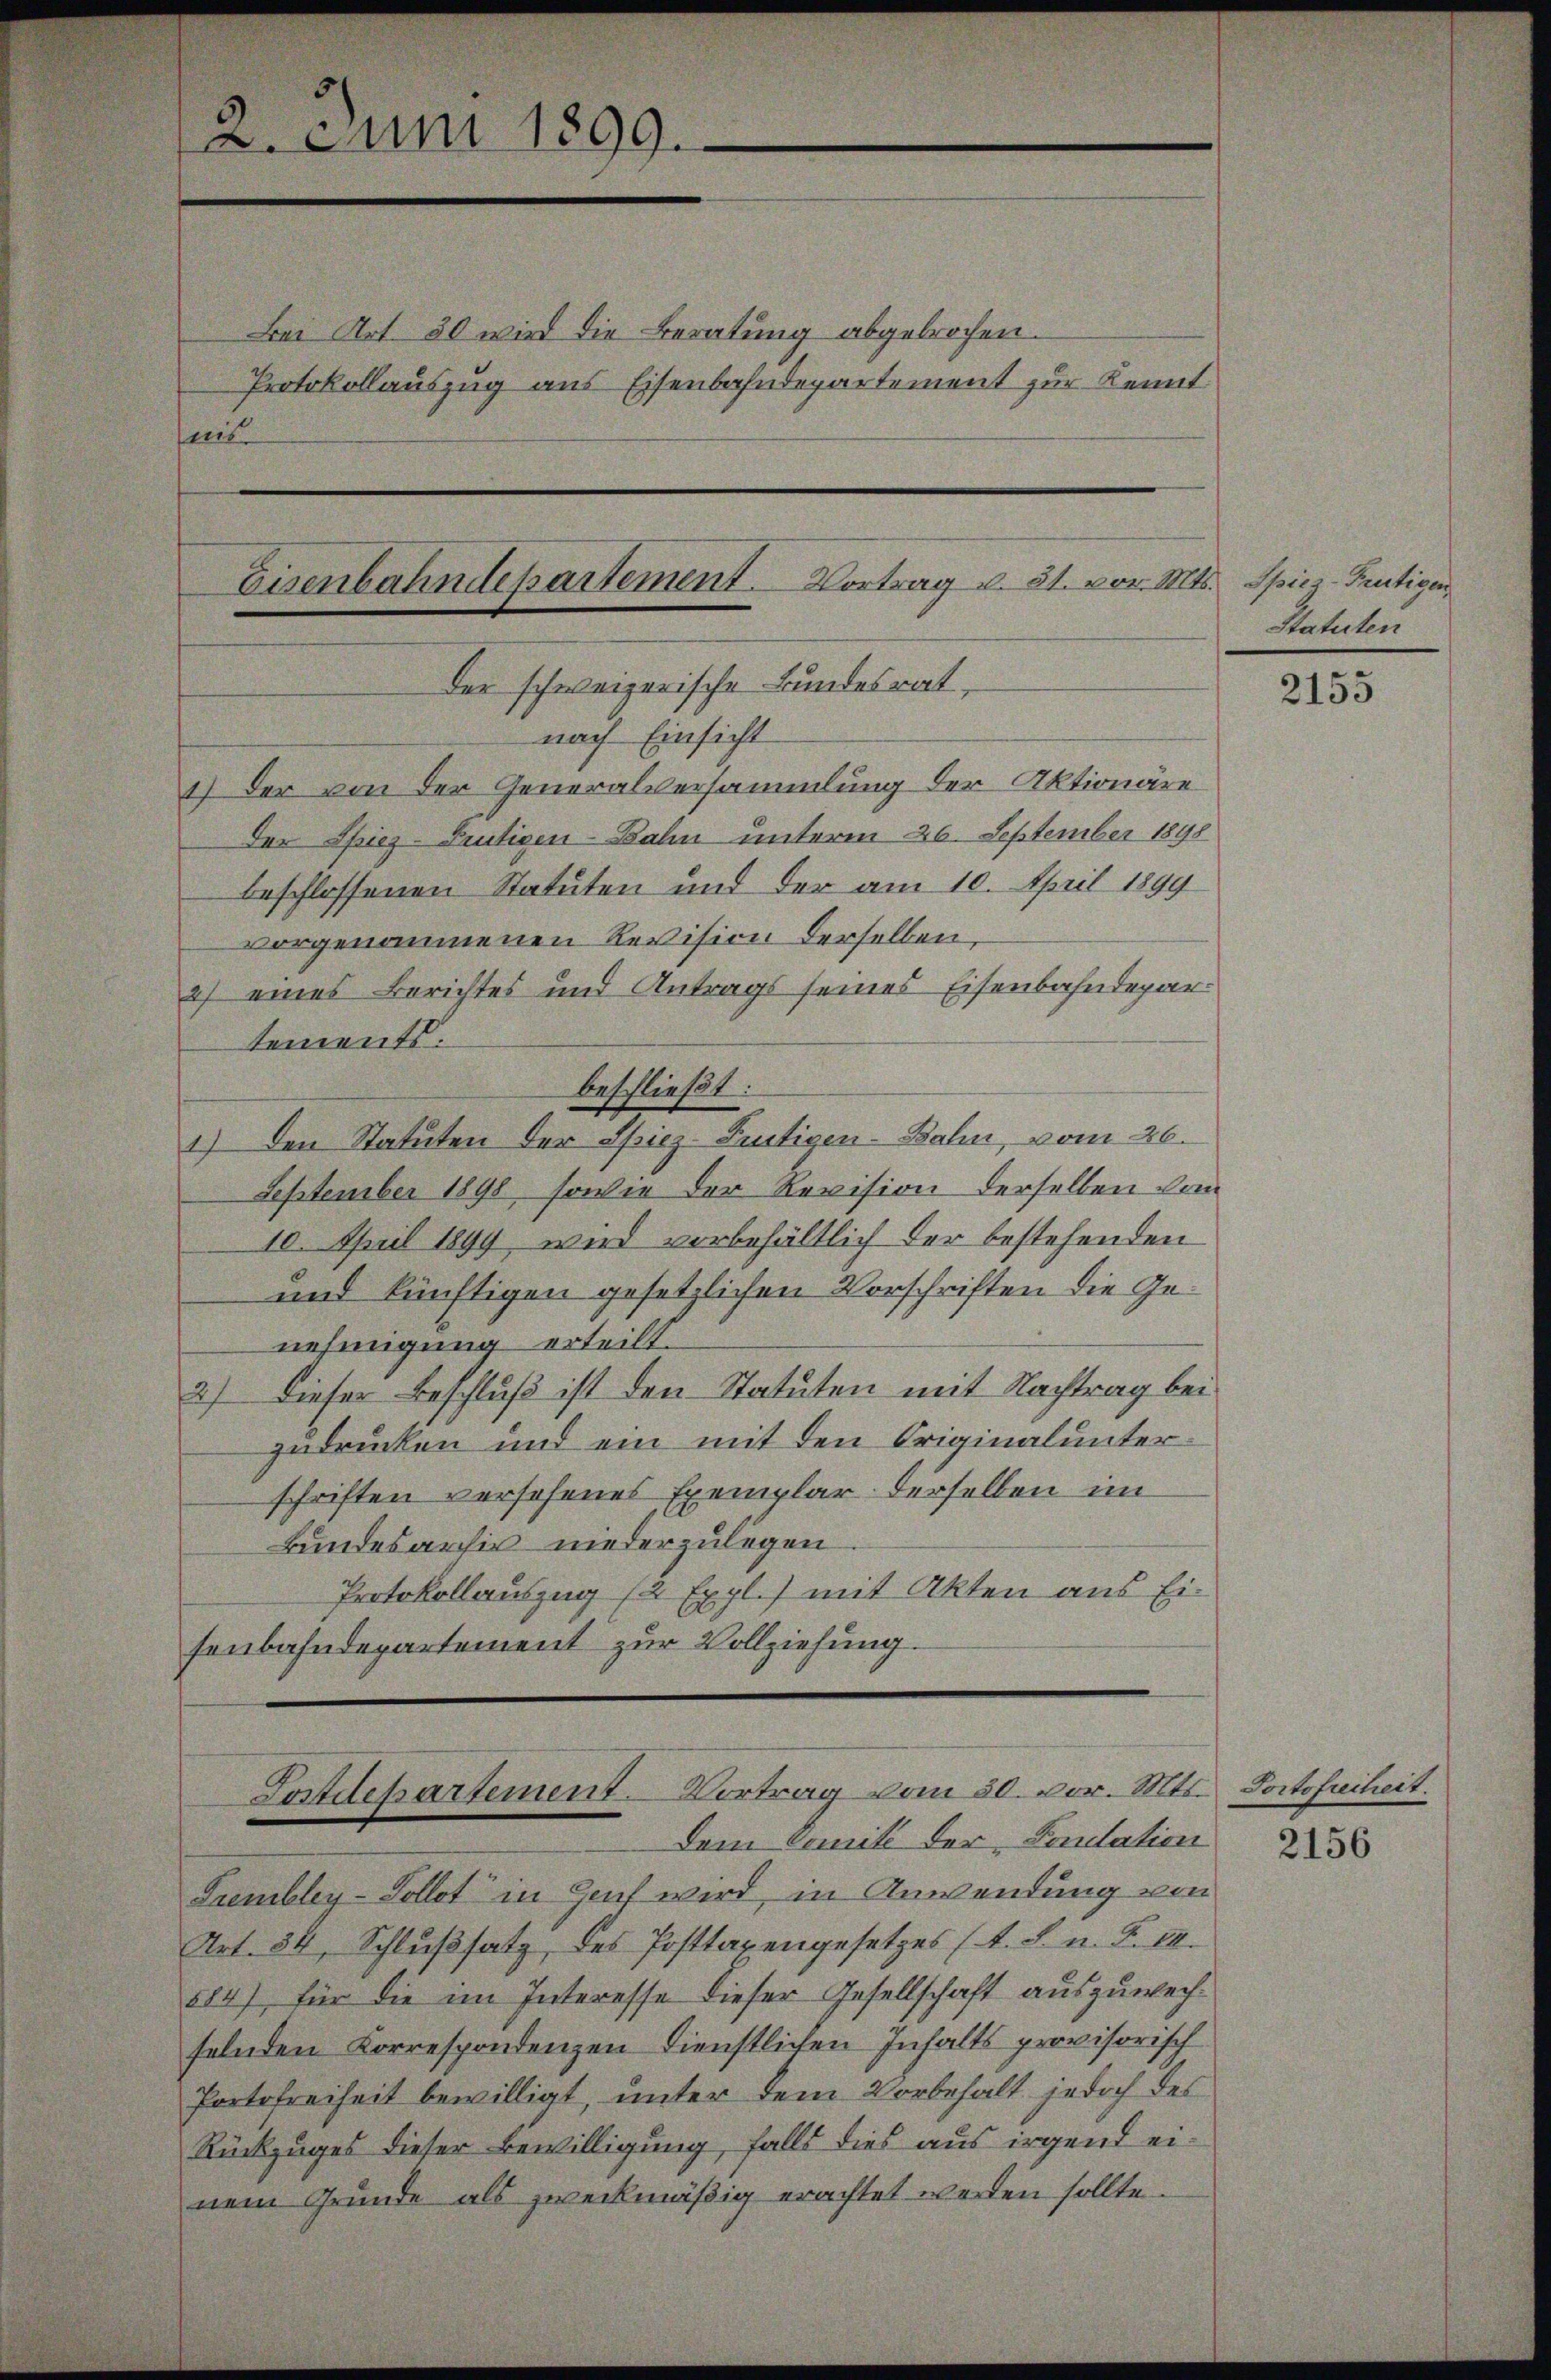
12. Juni 1899.

Bei Art. 30 wird die Beratung abgebrochen.
Protokollauszug aus Eisenbahndepartement zur Kennt
ens

1.) Der von der Generalversammlung der Aktionäre
Der Spiez-Peutigen-Bahn unterm 26. September 1898
beschlossenen Statuten und der am 10. April 1899
vorgenommenen Revision derselben,
2) eines Berichtes und Antrags seines Eisenbahndepartements.
beschließt:
1.) Den Statuten der Spiez-Pertigen-Bahn vom 26.
September 1898, sowie der Revision derselben vom
10. April 1899 wird vorbehältlich der bestehenden
und künftigen gesetzlichen Vorschriften die Genehmigung erteilt.
2) Dieser Beschluß ist den Statuten mit Nachtrag bei
zudrücken und ein mit den Originalunterschriften versehenes Exemplar derselben im
Bundesarchiv niederzulegen
Protokollauszug (2 Expl.) mit Akten aus Ei-
senbahndepartement zur Vollziehung.

Eisenbahndepartement. Vortrag v. 31. vor. Mts.
der schweizerische Bundesrat,
nach Einsicht

Fostdepartement. Vortrag vom 30. vor. Mts. Doctofreiheit.
Dem Comite der Fondation

Trembley-Vollot in Genf wird, in Anwendung von
Art. 34, Schlußsatz des Posttarengesetzes (T. S. n. F. II.
584) für die im Interesse dieser Gesellschaft auszuwechselnden Korrespondenzen Dienstlichen Inhalts provisorisch
Portofreiheit bewilligt, unter dem Vorbehalt jedoch des
Rückzuges dieser Bewilligung, falls dies aus irgend einem Grunde als zweckmäßig erachtet werden sollte.

Spiez-Frutigen,
Statuten

2155

2156